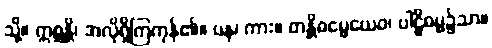
သို့။ ဣစ္ဆန္တိ၊ အလိုရှိကြကုန်၏။ ပန၊ ကား။ တန္တိဓမ္မေယေဝ၊ ပါဠိဓမ္မ၌သာ။